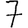
Digit: 7